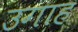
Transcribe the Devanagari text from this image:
उगाह